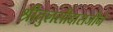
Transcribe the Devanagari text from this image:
श्रीतुलसीदासजीने